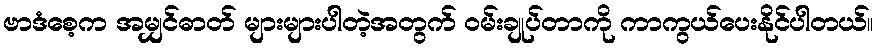
ဗာဒံစေ့က အမျှင်ဓာတ် များများပါတဲ့အတွက် ၀မ်းချုပ်တာကို ကာကွယ်ပေးနိုင်ပါတယ်။